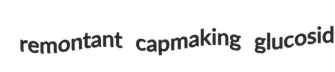
remontant capmaking glucosid